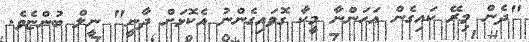
"ދެން މިރޭ ކައިގެން އަހަންނާ މީކާ ގޮވައިގެންނު އެކޮޅަށް ދާނީ" ނީލް ބުންޏެވެ.